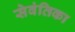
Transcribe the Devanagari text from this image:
सेवंतिका